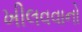
ખીલવવાનો